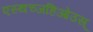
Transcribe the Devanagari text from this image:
एस्थच्जहिओउस्